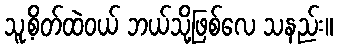
သူ့စိတ်ထဲဝယ် ဘယ်သို့ဖြစ်လေ သနည်း။